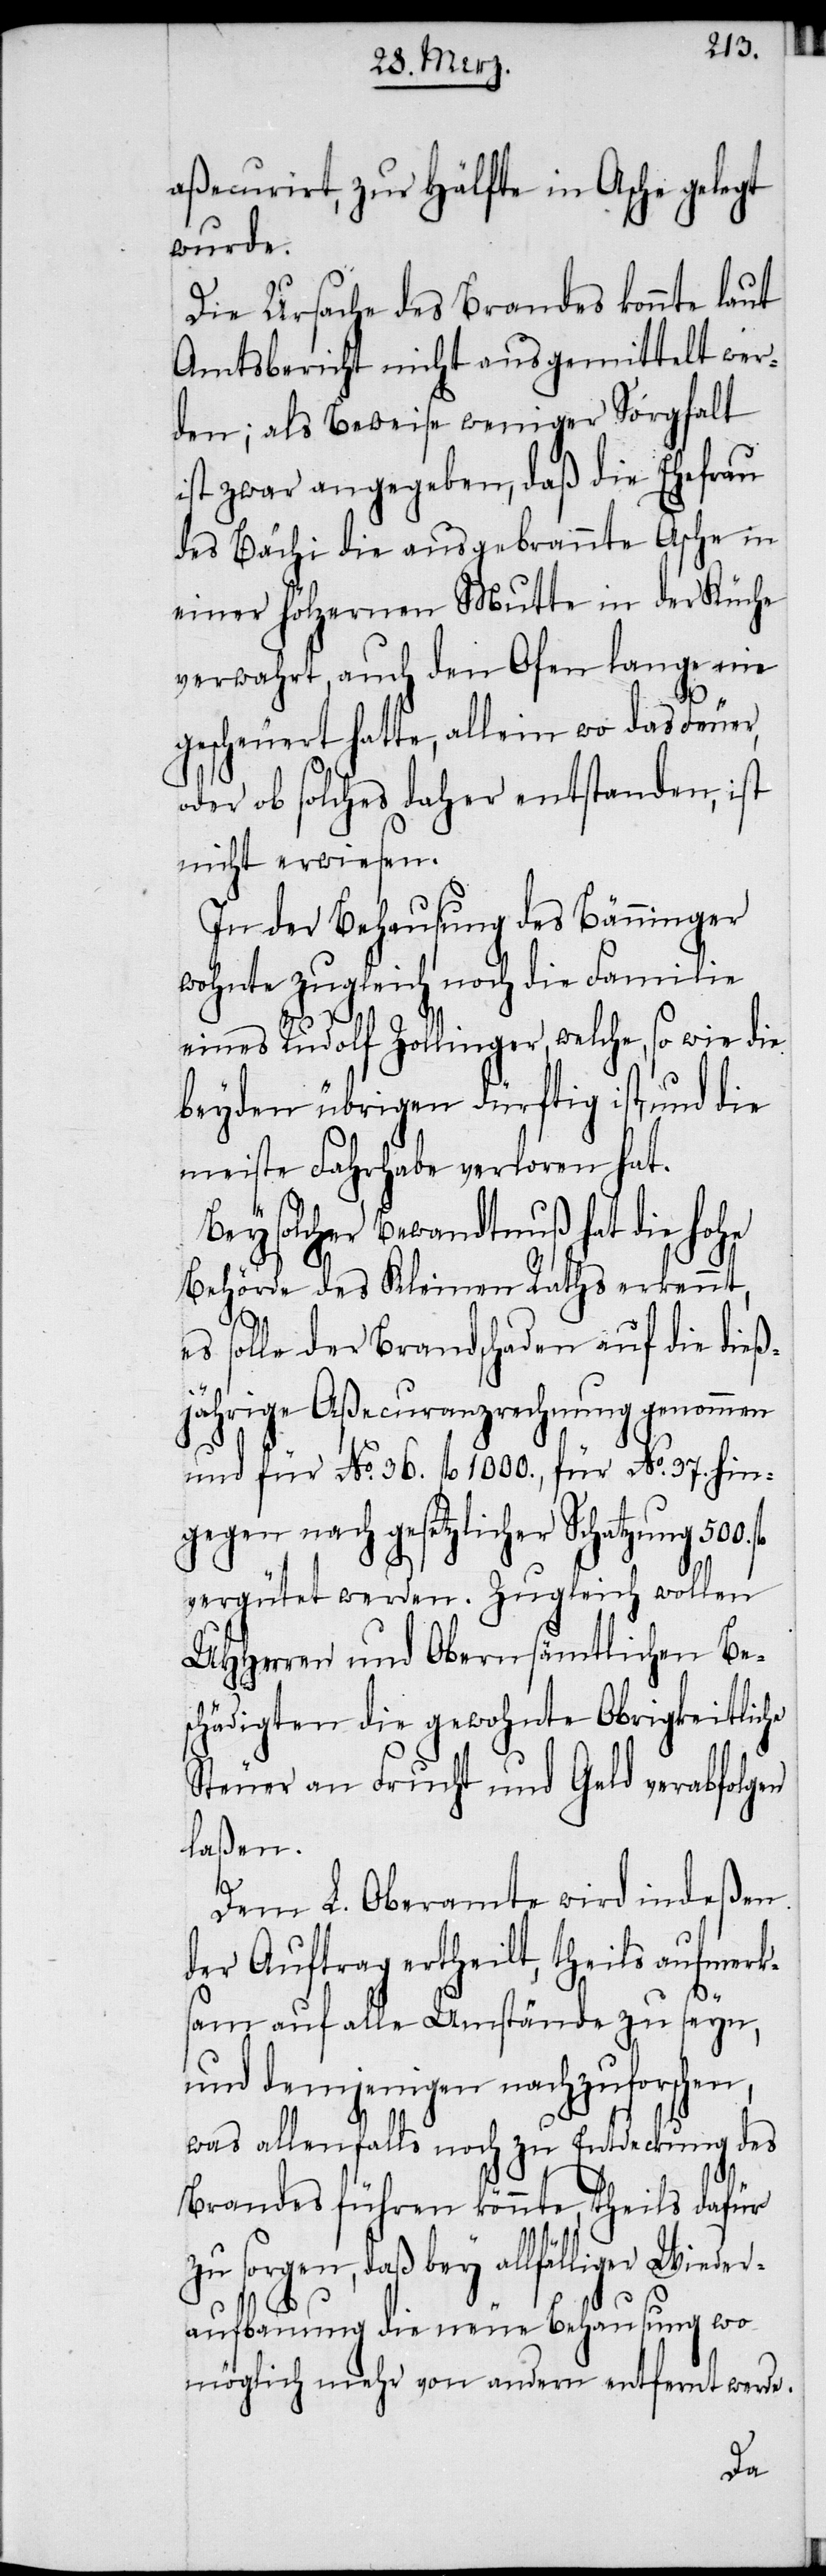
aßecurirt, zur Hälfte in Asche gelegt
wurde.
Die Ursache des Brandes konnte laut
Amtsbericht nicht ausgemittelt wer¬
den; als Beweise weniger Sorgfalt
ist zwar angegeben, daß die Ehefrau
des Bächi die ausgebrannte Asche in
einer hölzernen Mutte in der Küche
verwahrt, auch den Ofen lange nie
gescheuert hatte, allein wo das Feuer,
oder ob solches daher entstanden, ist
nicht erwiesen.
In der Behausung des Bänninger
wohnte zugleich noch die Familie
eines Rudolf Zollinger, welche, so wie die
beyden übrigen dürftig ist, und die
meiste Fahrhabe verloren hat.
Bey solcher Bewandtnuß hat die hohe
Behörde des Kleinen Raths erkennt,
es solle der Brandschaden auf die dieß¬
jährige Aßecuranzrechnung genommen
und für No. 36. fl 1000., für No. 37 hin¬
gegen nach gesetzlicher Schatzung
vergütet werden. Zugleich wollen
UHHerren und Obern sämtlichen Bes¬
chädigten die gewohnte Obrigkeitliche
Steuer an Frucht und Geld verabfolgen
laßen.
Dem L. Oberamte wird indeßen
der Auftrag ertheilt, theils aufmerk¬
sam auf alle Umstände zu seyn,
und demjenigen nachzuforschen,
was allenfalls noch zu Entdeckung des
Brandes führen könnte, theils dafür
zu sorgen, daß bey allfälliger Wied¬
eraufbauung die neue Behausung wo¬
möglich mehr von andern entfernt werde.